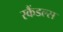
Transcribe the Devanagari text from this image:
स्‍कैंडल्‍स